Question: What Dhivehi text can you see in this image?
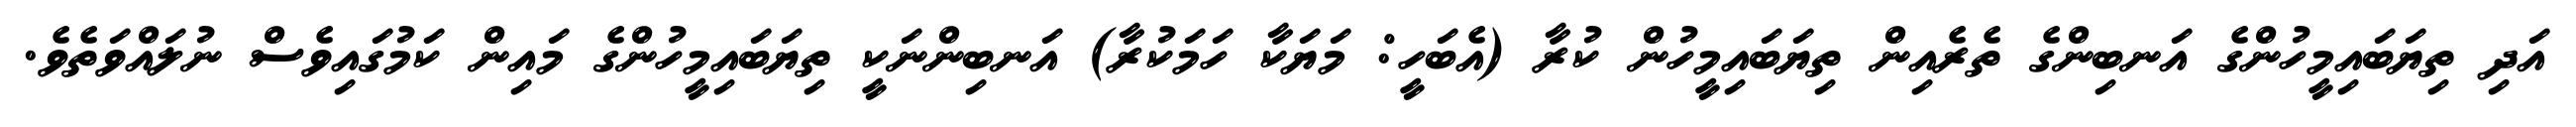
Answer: އަދި ތިޔަބައިމީހުންގެ އަނބިންގެ ތެރެއިން ތިޔަބައިމީހުން ކުރާ (އެބަހީ: މަޔަކާ ހަމަކުރާ) އަނބިންނަކީ ތިޔަބައިމީހުންގެ މައިން ކަމުގައިވެސް ނުލައްވަތެވެ.